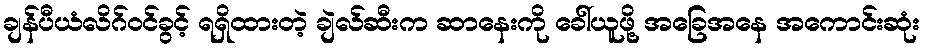
ချန်ပီယံလိဂ်ဝင်ခွင့် ရရှိထားတဲ့ ချဲလ်ဆီးက ဆာနေးကို ခေါ်ယူဖို့ အခြေအနေ အကောင်းဆုံး